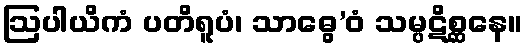
ဩပါယိကံ ပတိရူပံ၊ သာဓွေ’ဝံ သမ္ပဋိစ္ဆနေ။